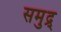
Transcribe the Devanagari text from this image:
समुद्र्